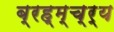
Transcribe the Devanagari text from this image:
ब्रह्म्च्र्य